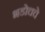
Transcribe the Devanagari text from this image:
भडोचचे